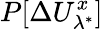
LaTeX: P[\Delta U_{\lambda^{*}}^{x}]